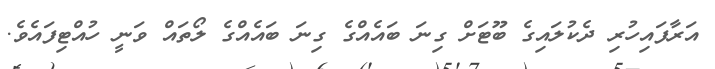
އަރާފައިހުރި ދެކުލައިގެ ބޫޓަށް ގިނަ ބައެއްގެ ގިނަ ބައެއްގެ ލޯތައް ވަނީ ހުއްޓިފައެވެ.